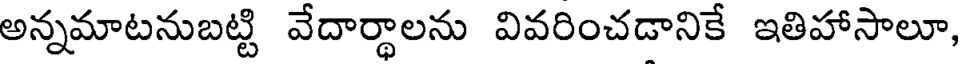
అన్నమాటనుబట్టి వేదార్థాలను వివరించడానికే ఇతిహాసాలూ,